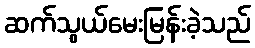
ဆက်သွယ်မေးမြန်းခဲ့သည်